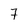
Character: 7